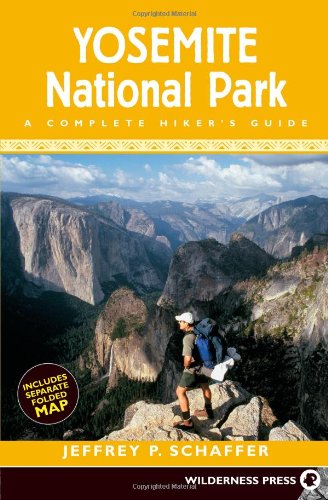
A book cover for Yosemite National Park: A Complete Hikers Guide; Jeffrey P. Schaffer; Travel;